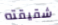
شقيقته